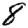
Digit: 8